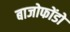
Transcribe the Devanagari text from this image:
बाजोफोंडो